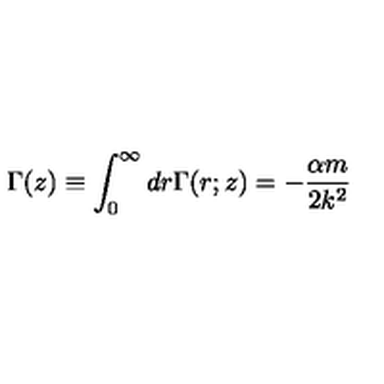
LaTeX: \Gamma ( z ) \equiv \int _ { 0 } ^ { \infty } d r \Gamma ( r ; z ) = - \frac { \alpha m } { 2 k ^ { 2 } }